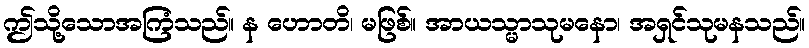
ဤသို့သောအကြံသည်။ န ဟောတိ၊ မဖြစ်။ အာယသ္မာသုမနော၊ အရှင်သုမနသည်။